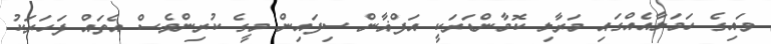
ވައިގެ ހަމަލާއެއްގައި މަރާލި ކޮމާންޑަރަކީ އަފްޣާން ސިފައިން މީގެ ކުރިންވެސް އެތައް ފަހަރަކު